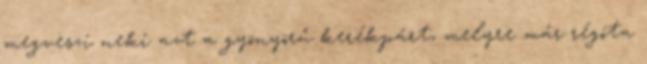
megveszi neki azt a gyönyörű kerékpárt, melyre már régóta